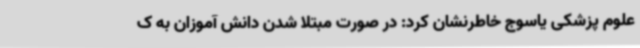
علوم پزشکی یاسوج خاطرنشان کرد: در صورت مبتلا شدن دانش آموزان به ک